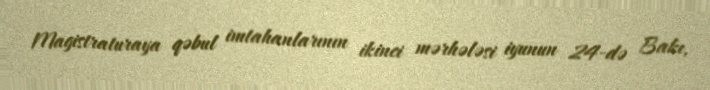
Magistraturaya qəbul imtahanlarının ikinci mərhələsi iyunun 24-də Bakı,